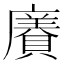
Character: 𧷫